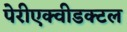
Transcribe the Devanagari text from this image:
पेरीएक्वीडक्टल